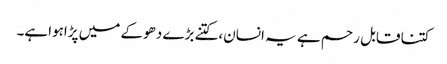
کتنا قابل رحم ہے یہ انسان،کتنے بڑے دھوکے میں پڑاہواہے۔